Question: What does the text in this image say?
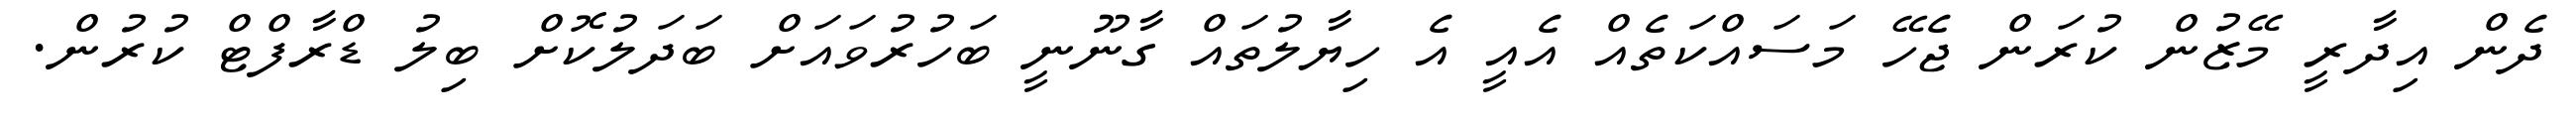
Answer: ދެން އިދާރީ މޭޒުން ކުރަން ޖެހޭ މަސައްކަތެއް އެއީ އެ ހިޔާލުތައް ގާނޫނީ ބަހުރުވައަށް ބަދަލުކޮށް ބިލު ޑްރާފްޓް ކުރުން.